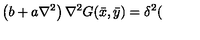
\left( b + a \nabla ^ { 2 } \right) \nabla ^ { 2 } G ( \bar { x } , \bar { y } ) = \delta ^ { 2 } (